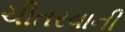
ચીતરવાની